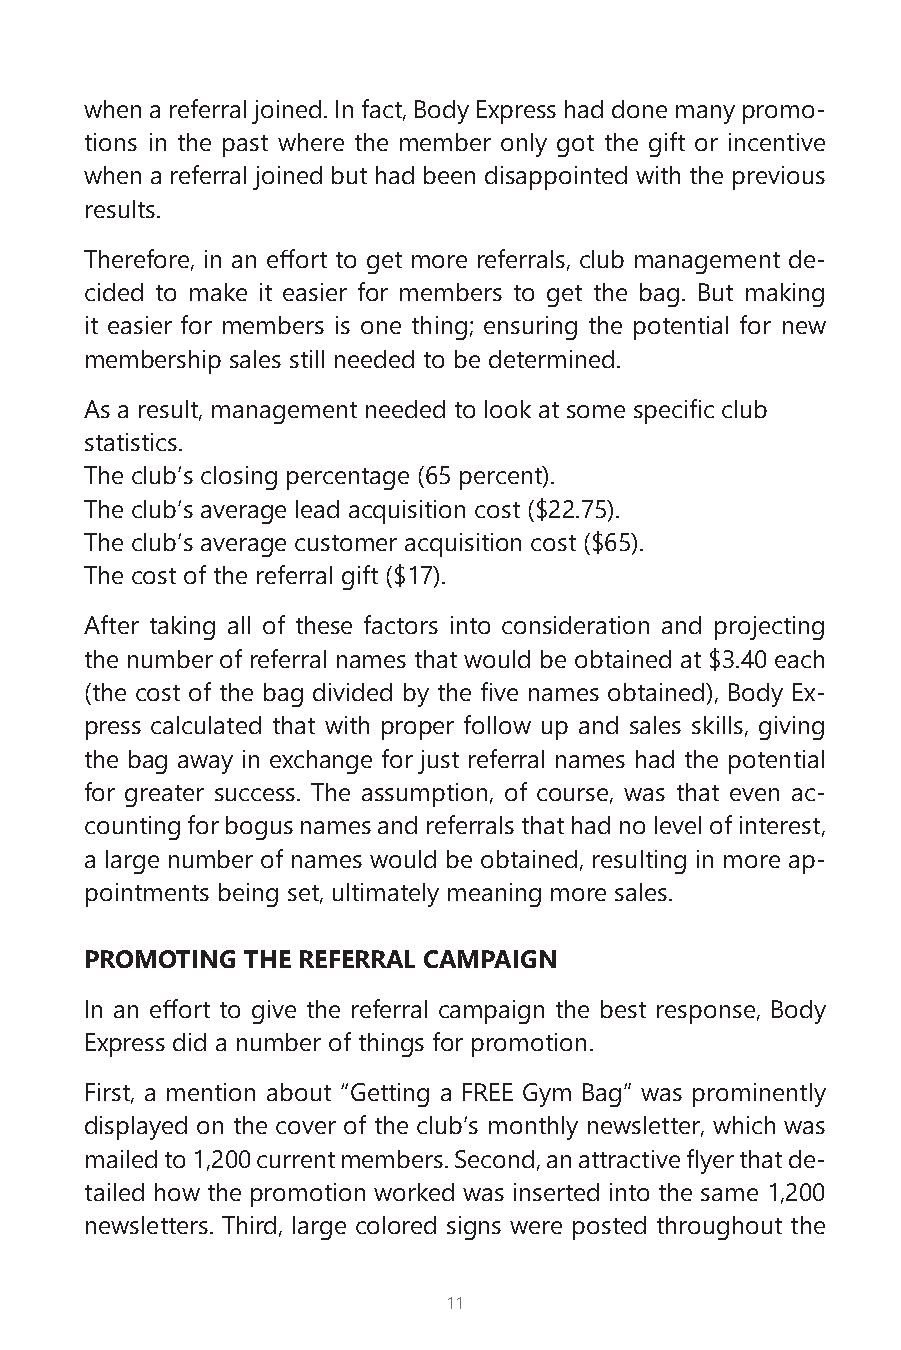
when a referral joined. In fact, Body Express had done many promo-
 tions in the past where the member only got the gift or incentive
 when a referral joined but had been disappointed with the previous
 results.
 Therefore, in an effort to get more referrals, club management de-
 cided to make it easier for members to get the bag. But making
 it easier for members is one thing; ensuring the potential for new
 membership sales still needed to be determined.
 As a result, management needed to look at some specific club
 statistics.
 The club’s closing percentage (65 percent).
 The club’s average lead acquisition cost ($22.75).
 The club’s average customer acquisition cost ($65).
 The cost of the referral gift ($17).
 After taking all of these factors into consideration and projecting
 the number of referral names that would be obtained at $3.40 each
 (the cost of the bag divided by the five names obtained), Body Ex-
 press calculated that with proper follow up and sales skills, giving
 the bag away in exchange for just referral names had the potential
 for greater success. The assumption, of course, was that even ac-
 counting for bogus names and referrals that had no level of interest,
 a large number of names would be obtained, resulting in more ap-
 pointments being set, ultimately meaning more sales.
 PROMOTING THE REFERRAL CAMPAIGN
 In an effort to give the referral campaign the best response, Body
 Express did a number of things for promotion.
 First, a mention about “Getting a FREE Gym Bag” was prominently
 displayed on the cover of the club’s monthly newsletter, which was
 mailed to 1,200 current members. Second, an attractive flyer that de-
 tailed how the promotion worked was inserted into the same 1,200
 newsletters. Third, large colored signs were posted throughout the
 11